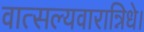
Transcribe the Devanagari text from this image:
वात्सल्यवारान्निधे।